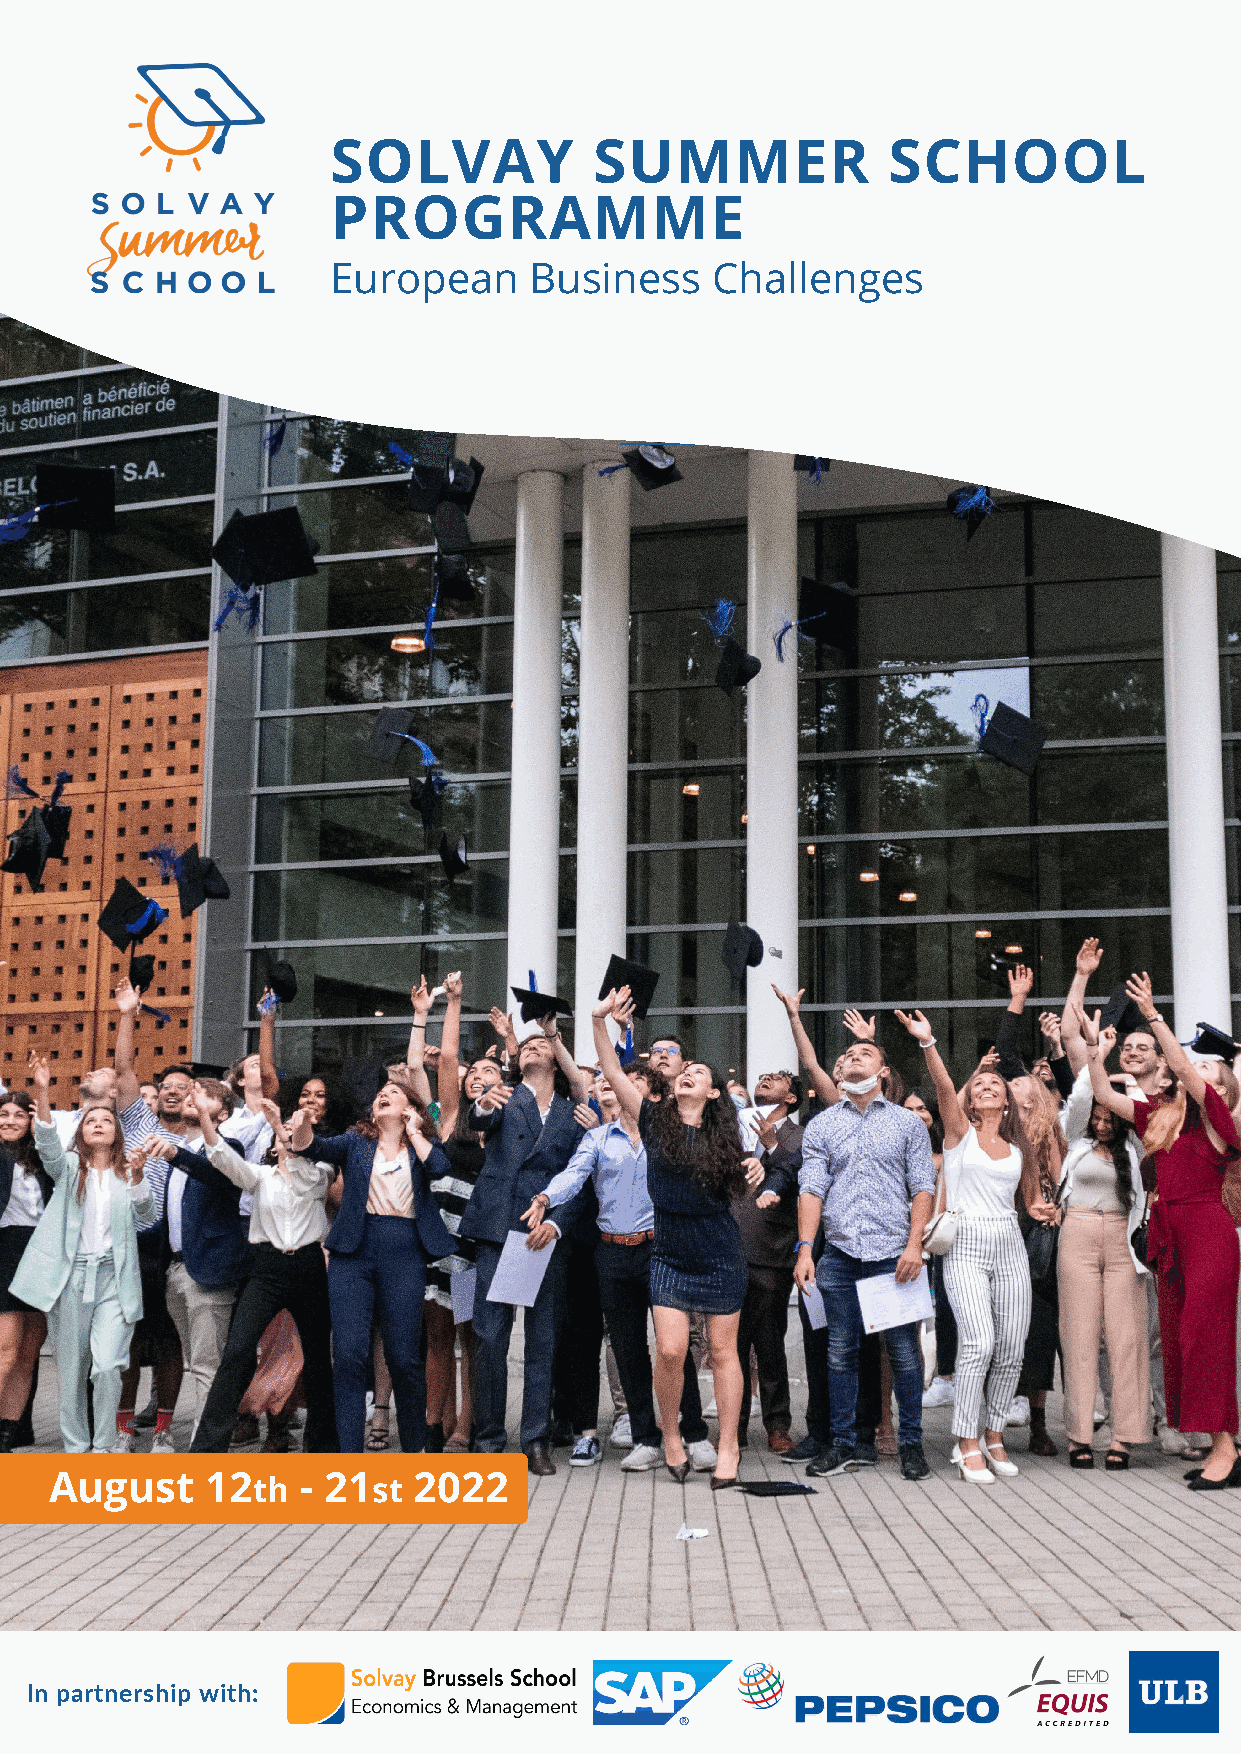
SOLVAY           SUMMER              SCHOOL
 PROGRAMME
 European     Business    Challenges
 August     12th  - 21st 2022
 In partnership with: